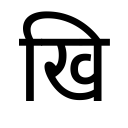
OCR:
खि